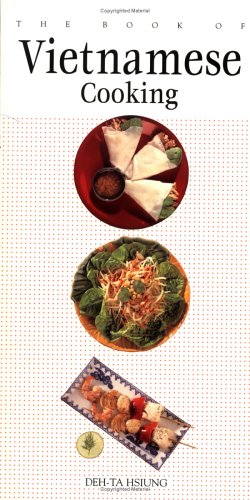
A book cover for The Book of Vietnamese Cooking; Deh'ta Hsiung; Cookbooks, Food & Wine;